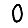
Digit: 0